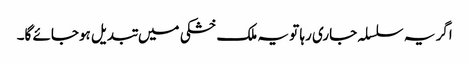
اگر یہ سلسلہ جاری رہا تو یہ ملک خشکی میں تبدیل ہوجائے گا۔